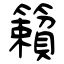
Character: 籟